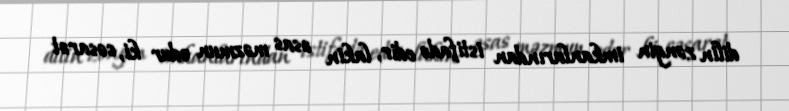
dilin zəngin imkanlarından istifadə edir, lakin əsas məzmun odur ki, cəsarət